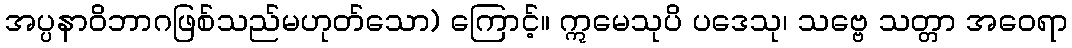
အပ္ပနာဝိဘာဂဖြစ်သည်မဟုတ်သော) ကြောင့်။ ဣမေသုပိ ပဒေသု၊ သဗ္ဗေ သတ္တာ အဝေရာ